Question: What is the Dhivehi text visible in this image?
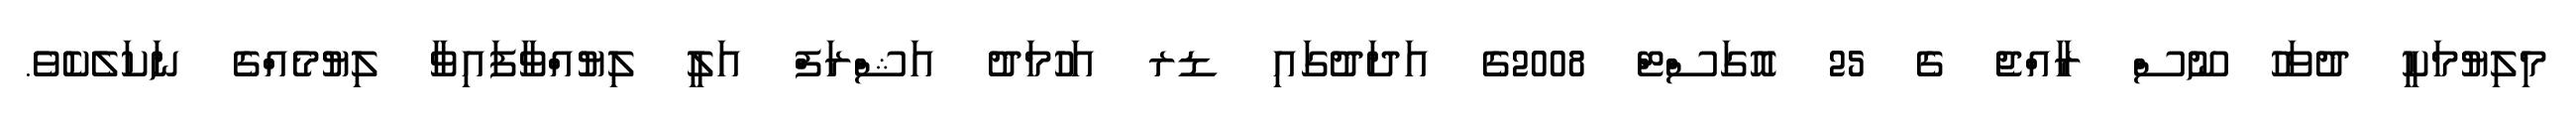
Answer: މިލިޔުމަކީ ދުވަހު ނޫސް ރާއްޖެ ގެ 25 އޮގަސްޓް 2008ގެ އަދަދުގައި ޑރ އަހުމަދު އަޝްރަފް އަލީ ލިޔުއްވާފައިވާ ލިޔުމެއްގެ ނަކަލެކެވެ.